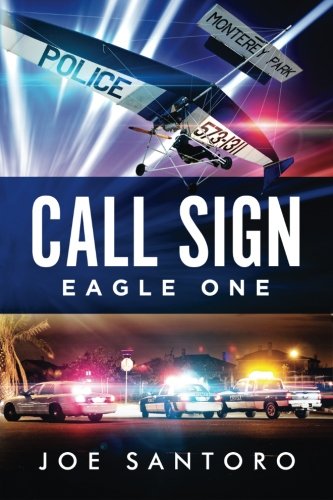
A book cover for Call Sign Eagle One; Mr Joe Santoro; Sports & Outdoors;